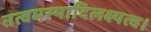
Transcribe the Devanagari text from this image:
तत्वमस्यादिलक्ष्यत्व।